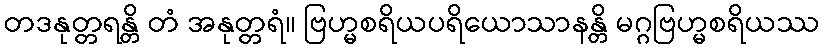
တဒနုတ္တရန္တိ တံ အနုတ္တရံ။ ဗြဟ္မစရိယပရိယောသာနန္တိ မဂ္ဂဗြဟ္မစရိယဿ